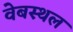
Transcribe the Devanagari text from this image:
वेबस्थल